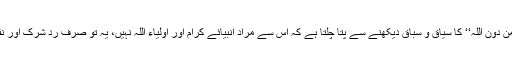
حقیقت یہ ہے کہ قرآن مجید میں ’’مِنْ دُوْنِ اللہ‘‘ کا سیاق و سباق دیکھنے سے پتا چلتا ہے کہ اس سے مراد انبیائے کرام اور اولیاء اللہ نہیں، یہ تو صرف ردِ شرک اور نفئ استحقاقِ عبادت کے لئے آتا ہے۔